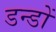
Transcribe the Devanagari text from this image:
डन्डों